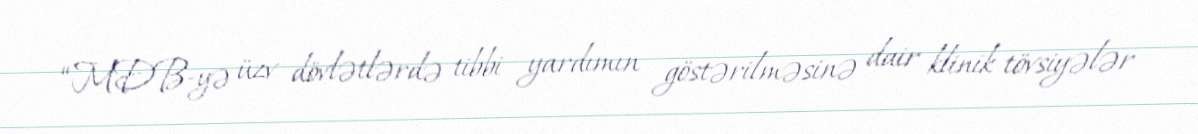
“MDB-yə üzv dövlətlərdə tibbi yardımın göstərilməsinə dair klinik tövsiyələr